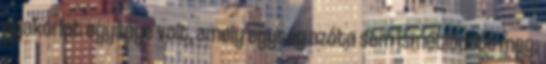
gyakorlat egysége volt, amely egység azóta sem ismétlődött meg.